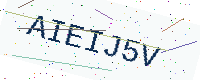
Text: AIEIJ5V